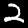
Label: 2